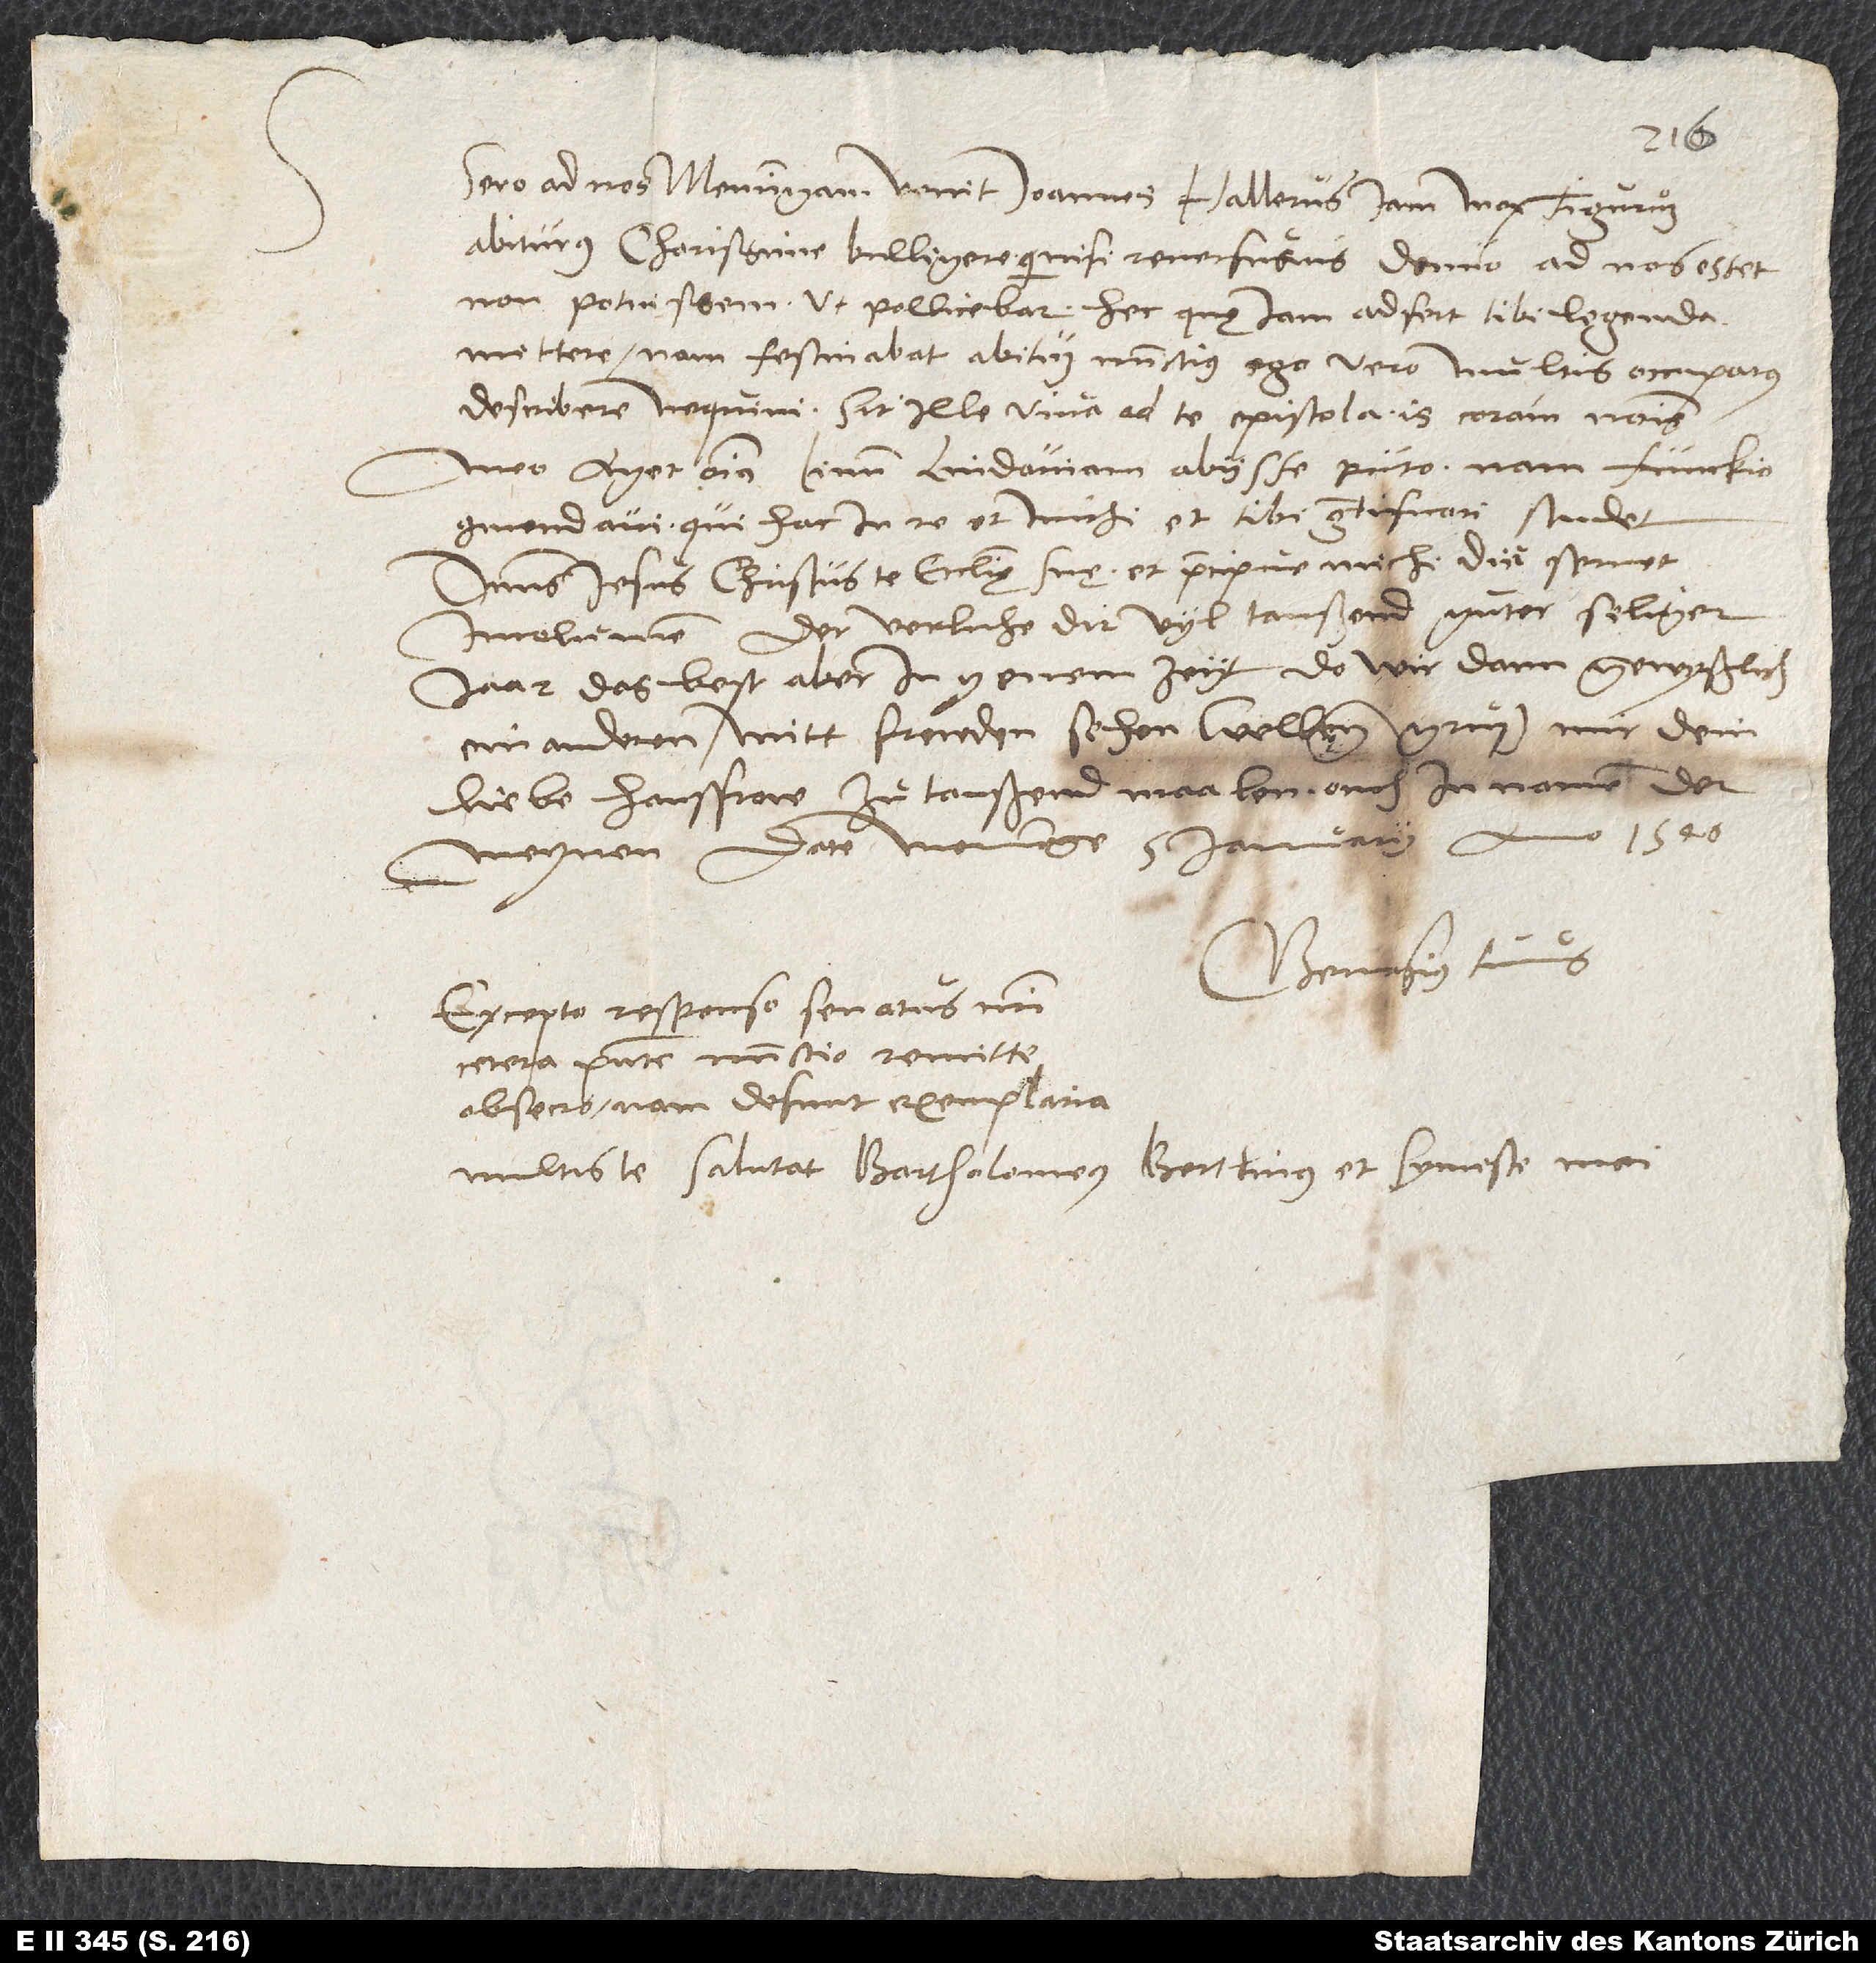
Sero ad nos Memmingam venit Ioannes Hallerus iam mox Tigurum
abiturus, charissime Bulligere. Qui nisi reversurus denuo ad nos esset,
non potuissem, ut pollicebar, hec, quę iam adfert, tibi legenda
mittere, nam festinabat abitum nuntius; ego vero multis occupatus
describere nequivi. Sit ille viva ad te epistola. Is coram nomine
meo aget omnia. Linum Lindaviam abiisse puto; nam Funckio
commendavi, qui hac in re et michi et tibi gratificari studet.
Dominus Iesus Christus te ecclesię suę, et praecipue michi, diu servet
incolumem. Der verliche dir vyl taußend guter, seliger
jaar, das best aber in yenem zeyt, do wir dann gewyßlich
einanderen mitt freuden sehen wellen. Grüß mir dein
liebe hausfrow zu taußend maalen ouch in namen der
meynen. Date Memminge, 5. ianuarii anno 1540.
Gervasius tuus.
Excepto responso senatus nostri
cetera praesente nunctio remitte,
obsecro; nam desunt exemplaria.
Multis te salutant Bartholomeus Bertlinus et symiste mei.